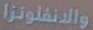
والانفلونزا